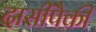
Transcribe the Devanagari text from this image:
दासींपैकी